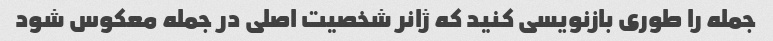
جمله را طوری بازنویسی کنید که ژانر شخصیت اصلی در جمله معکوس شود